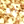
لم